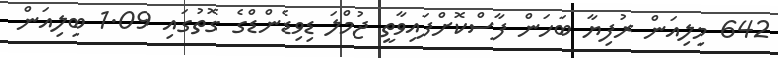
642 މިލިއަން ރުފިޔާ ބަހަން ފާސްކޮށްފައިވާތީ ޖުމްލަ ޑިވިޑެންޑްގެ ގޮތުގައި 1.09 ބިލިއަން